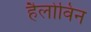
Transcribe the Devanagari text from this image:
हैलोविन